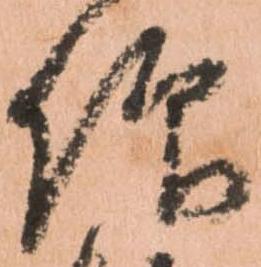
仰